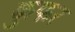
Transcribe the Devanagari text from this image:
कुफर